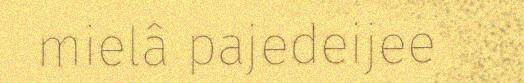
mielâ pajedeijee